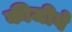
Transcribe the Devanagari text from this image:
कीजीये